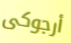
أرجوكى